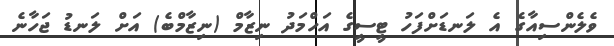
ވެލެންސިއާގެ އެ ލަނޑަށްފަހު ޓީސީގެ އަހްމަދު ނިޒާމް (ނިޒާމްބެ) އަށް ލަނޑު ޖަހާނެ